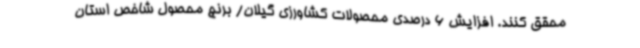
محقق کنند. افزایش 6 درصدی محصولات کشاورزی گیلان/ برنج محصول شاخص استان